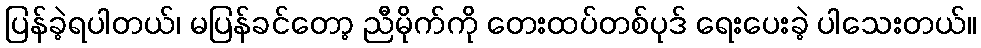
ပြန်ခဲ့ရပါတယ်၊ မပြန်ခင်တော့ ညီမိုက်ကို တေးထပ်တစ်ပုဒ် ရေးပေးခဲ့ ပါသေးတယ်။